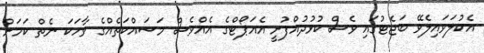
އެކުލަވައިލެވޭ ބަޖެޓުގައި ވެސް ކުޅުދުއްފުށީ އެއަޕޯޓްގެ އެއްވެސް މަސައްކަތެއްގެ ވާހަކަ ނެތް ކަމަށް